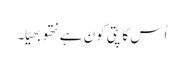
اُس کا پتی کون ہے نتھو بھیّا۔